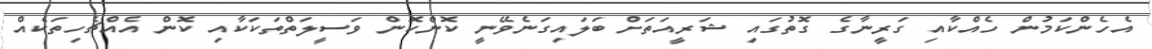
އެހެންކަމުން ހެއްކާއި ގަރީނާގެ ގޮތުގައި ޝަރީއަތަށް ބަލައިގަނެވޭނީ ކޮންކޮން ވަސީލަތްތަކަކާއި ކޮން އެއްޗެހިތަކެއް